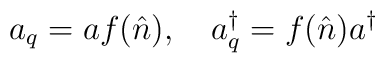
a_{q}= af(\hat{n}),~~~a_{q}^{\dag}=f(\hat{n})a^{\dag}